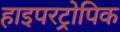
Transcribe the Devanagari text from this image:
हाइपरट्रोपिक